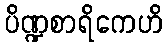
ပိဏ္ဍစာရိကေဟိ